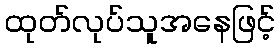
ထုတ်လုပ်သူအနေဖြင့်